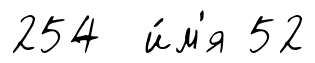
254 и́м'я 52